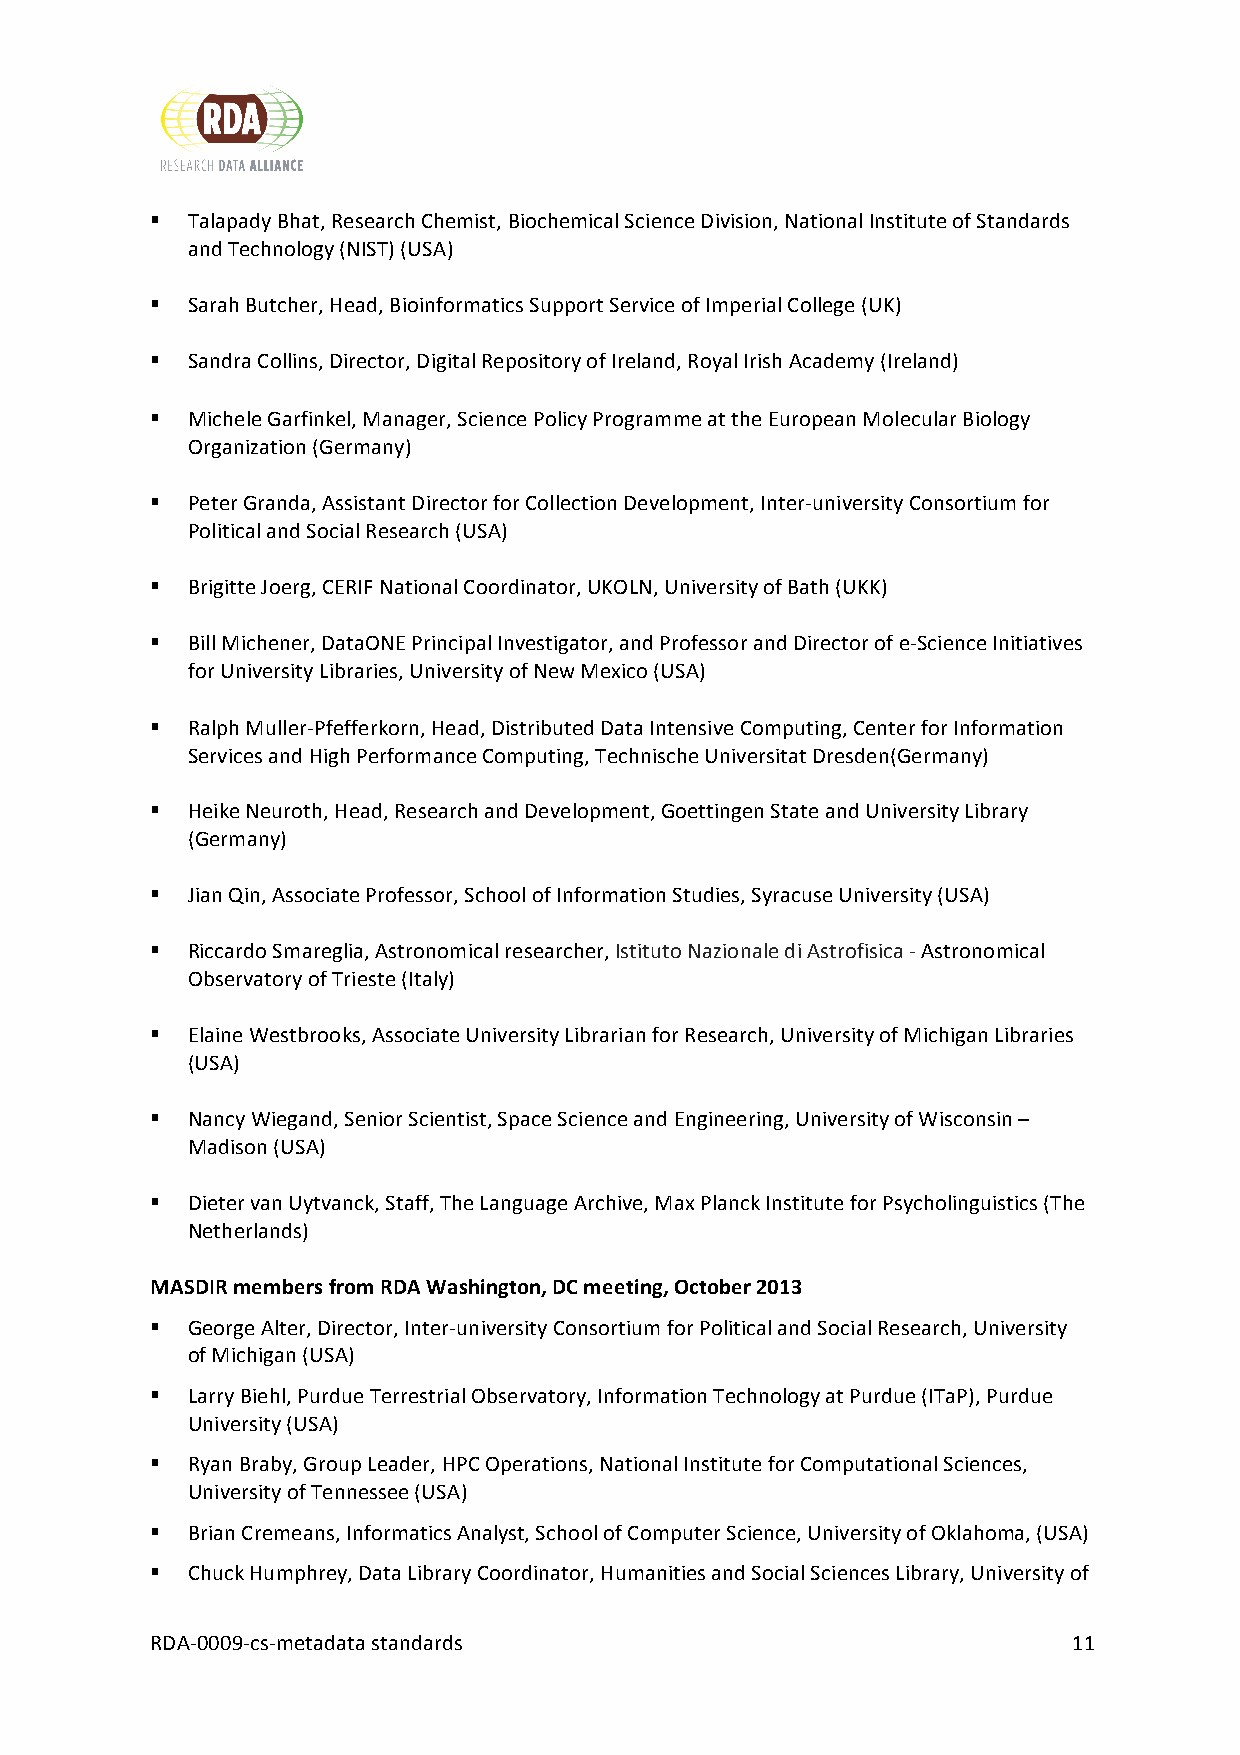
§ Talapady Bhat, Research Chemist, Biochemical Science Division, National Institute of Standards
 and Technology (NIST) (USA)
 § Sarah Butcher, Head, Bioinformatics Support Service of Imperial College (UK)
 § Sandra Collins, Director, Digital Repository of Ireland, Royal Irish Academy (Ireland)
 § Michele Garfinkel, Manager, Science Policy Programme at the European Molecular Biology
 Organization (Germany)
 § Peter Granda, Assistant Director for Collection Development, Inter-­‐university Consortium for
 Political and Social Research (USA)
 § Brigitte Joerg, CERIF National Coordinator, UKOLN, University of Bath (UKK)
 § Bill Michener, DataONE Principal Investigator, and Professor and Director of e-­‐Science Initiatives
 for University Libraries, University of New Mexico (USA)
 § Ralph Muller-­‐Pfefferkorn, Head, Distributed Data Intensive Computing, Center for Information
 Services and High Performance Computing, Technische Universitat Dresden(Germany)
 § Heike Neuroth, Head, Research and Development, Goettingen State and University Library
 (Germany)
 § Jian Qin, Associate Professor, School of Information Studies, Syracuse University (USA)
 § Riccardo Smareglia, Astronomical researcher, Istituto Nazionale di Astrofisica -­‐ Astronomical
 Observatory of Trieste (Italy)
 § Elaine Westbrooks, Associate University Librarian for Research, University of Michigan Libraries
 (USA)
 § Nancy Wiegand, Senior Scientist, Space Science and Engineering, University of Wisconsin –
 Madison (USA)
 § Dieter van Uytvanck, Staff, The Language Archive, Max Planck Institute for Psycholinguistics (The
 Netherlands)
 MASDIR members from RDA Washington, DC meeting, October 2013
 § George Alter, Director, Inter-­‐university Consortium for Political and Social Research, University
 of Michigan (USA)
 § Larry Biehl, Purdue Terrestrial Observatory, Information Technology at Purdue (ITaP), Purdue
 University (USA)
 § Ryan Braby, Group Leader, HPC Operations, National Institute for Computational Sciences,
 University of Tennessee (USA)
 § Brian Cremeans, Informatics Analyst, School of Computer Science, University of Oklahoma, (USA)
 § Chuck Humphrey, Data Library Coordinator, Humanities and Social Sciences Library, University of
 RDA-­‐0009-­‐cs-­‐metadata standards                         11